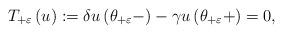
LaTeX: \begin{align*}T_{+\varepsilon }\left( u\right) :=\delta u\left( \theta _{+\varepsilon}-\right) -\gamma u\left( \theta _{+\varepsilon }+\right) =0, \end{align*}